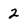
Character: 2